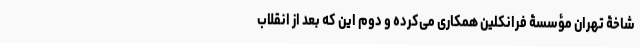
شاخۀ تهران مؤسسۀ فرانکلین همکاری می‌کرده و دوم این که بعد از انقلاب